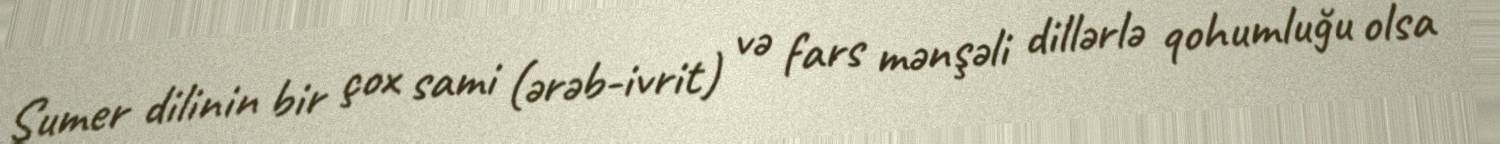
Şumer dilinin bir çox sami (ərəb-ivrit) və fars mənşəli dillərlə qohumluğu olsa